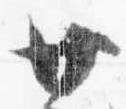
廿